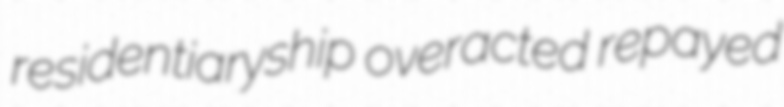
residentiaryship overacted repayed